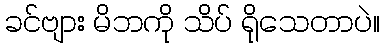
ခင်ဗျား မိဘကို သိပ် ရိုသေတာပဲ။